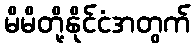
မိမိတို့နိုင်ငံအတွက်